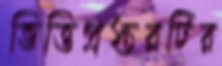
ভিত্তিপ্রস্তরটির